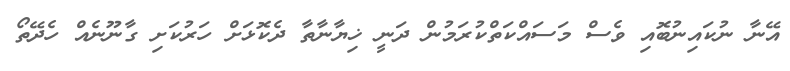
އޭނާ ނުކައިނުބޮއި ވެސް މަސައްކަތްކުރަމުން ދަނީ ޚިޔާނާތާ ދެކޮޅަށް ހަރުކަށި ގާނޫނެއް ހެދޭތޯ